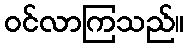
ဝင်လာကြသည်။